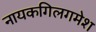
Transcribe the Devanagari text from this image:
नायकगिलगमेश